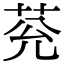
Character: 𦮀